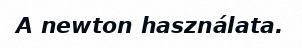
A newton használata.